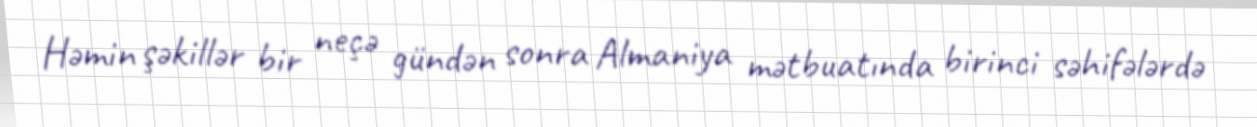
Həmin şəkillər bir neçə gündən sonra Almaniya mətbuatında birinci səhifələrdə